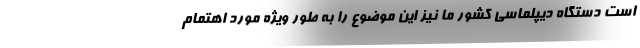
است دستگاه دیپلماسی کشور ما نیز این موضوع را به طور ویژه مورد اهتمام